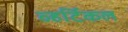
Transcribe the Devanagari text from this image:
व्हर्टिकल